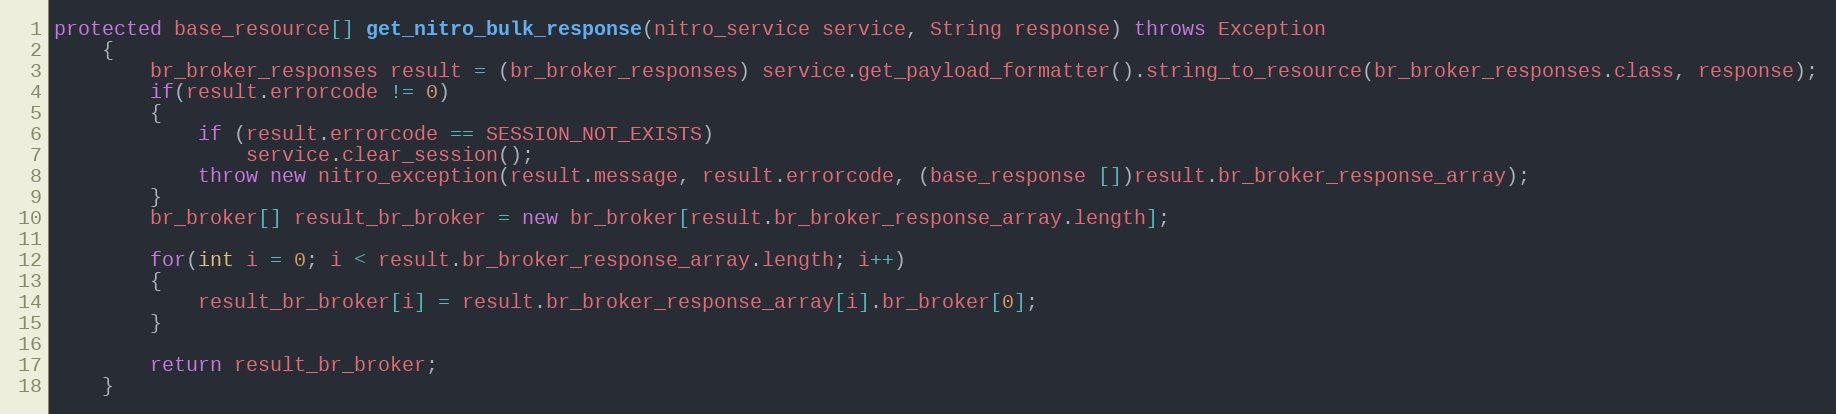
Language: Java
protected base_resource[] get_nitro_bulk_response(nitro_service service, String response) throws Exception
	{
		br_broker_responses result = (br_broker_responses) service.get_payload_formatter().string_to_resource(br_broker_responses.class, response);
		if(result.errorcode != 0)
		{
			if (result.errorcode == SESSION_NOT_EXISTS)
				service.clear_session();
			throw new nitro_exception(result.message, result.errorcode, (base_response [])result.br_broker_response_array);
		}
		br_broker[] result_br_broker = new br_broker[result.br_broker_response_array.length];

		for(int i = 0; i < result.br_broker_response_array.length; i++)
		{
			result_br_broker[i] = result.br_broker_response_array[i].br_broker[0];
		}

		return result_br_broker;
	}